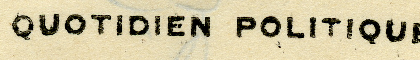
QUOTIDIEN POLITIQUE